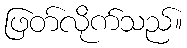
ဖြတ်လိုက်သည်။